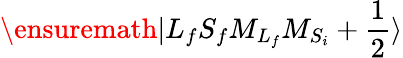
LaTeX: \ensuremath{\vert{L}_{f}{S}_{f}{M}_{{L}_{f}}{M}_{{S}_{i}}+\frac{1}{2}\rangle}